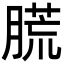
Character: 㬻